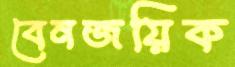
বেনজয়িক